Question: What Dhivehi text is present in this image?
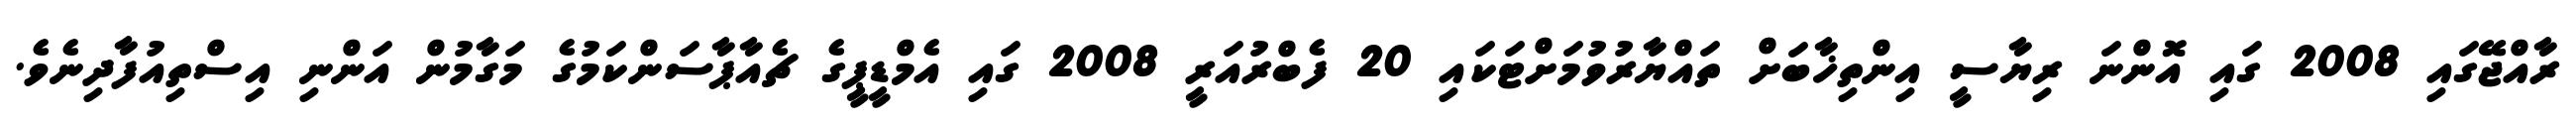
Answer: ރާއްޖޭގައި 2008 ގައި އޮންނަ ރިޔާސީ އިންތިޚާބަށް ތައްޔާރުވުމަށްޓަކައި 20 ފެބްރުއަރީ 2008 ގައި އެމްޑީޕީގެ ޗެއާޕާސަންކަމުގެ މަގާމުން އަންނި އިސްތިއުފާދިނެވެ.